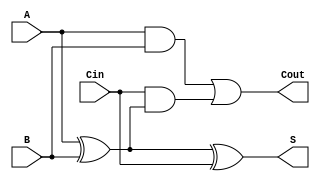
module LowPowerFullAdder (
    input wire A,        // First input bit
    input wire B,        // Second input bit
    input wire Cin,      // Carry input
    output wire S,       // Sum output
    output wire Cout     // Carry output
);

// Intermediate signals
wire xor1_out; // Intermediate XOR result for A and B
wire and1_out; // Intermediate AND result for A and B
wire and2_out; // Intermediate AND result for Cin and (A XOR B)

// XOR Logic for Sum
assign xor1_out = A ^ B;      // A XOR B
assign S = xor1_out ^ Cin;    // S = (A XOR B) XOR Cin

// AND Logic for Carry
assign and1_out = A & B;              // A AND B
assign and2_out = Cin & xor1_out;     // Cin AND (A XOR B)
assign Cout = and1_out | and2_out;    // Cout = (A AND B) OR (Cin AND (A XOR B))

endmodule